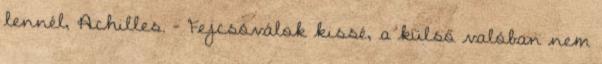
lennél, Achilles. - Fejcsóválok kissé, a külső valóban nem